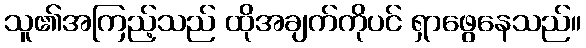
သူ၏အကြည့်သည် ထိုအချက်ကိုပင် ရှာဖွေနေသည်။